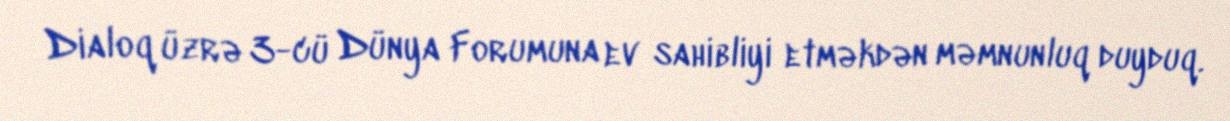
Dialoq üzrə 3-cü Dünya Forumuna ev sahibliyi etməkdən məmnunluq duyduq.